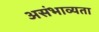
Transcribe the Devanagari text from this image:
असंभाव्यता